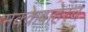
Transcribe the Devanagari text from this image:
मक्केबाहेरच